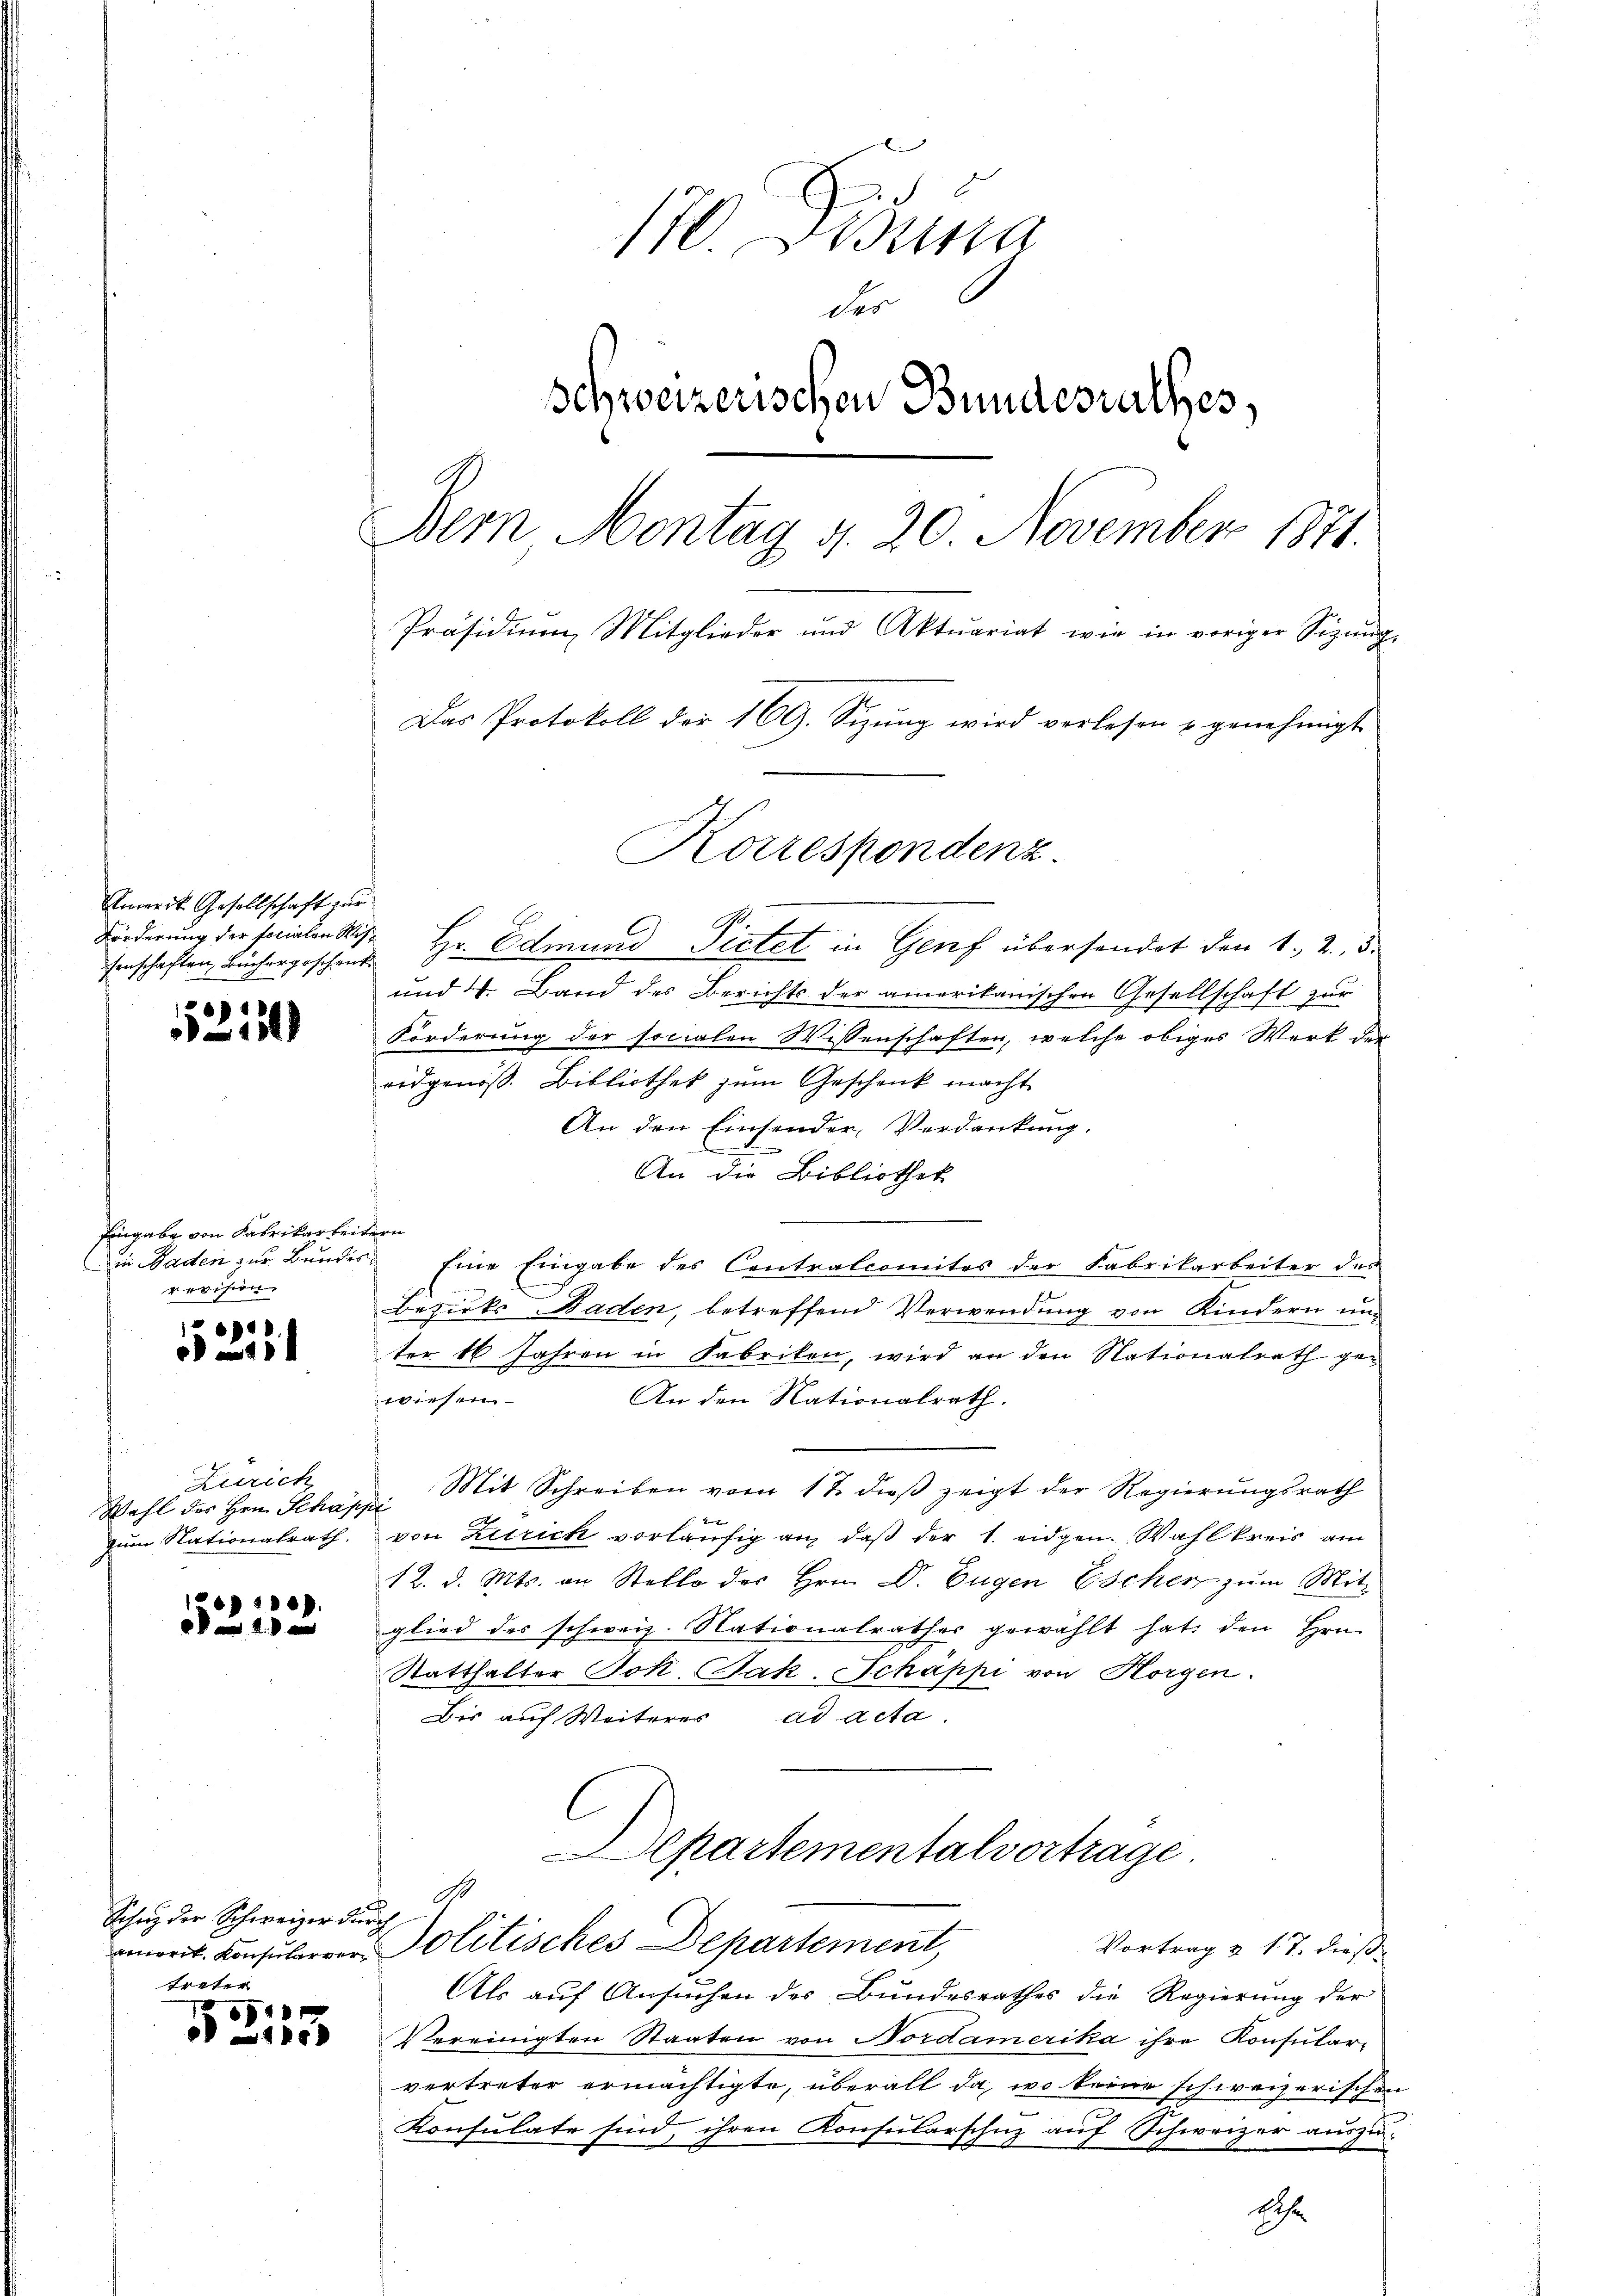
Amerit Gesellschaft zur
Förderung der socialen Wissenschaften, Buchergeschenk

,
15

Eingabe von Fabrikarbeite
in Baden zur Bundes
h

.
1

Zürich
Wohl des Hrn. Schaff
zum Nationalrath.

ep.
a

Schuz der Schweizer durch
treter

1
115)

170. Desinn
der
schweizerischen Bundesrathes,
Bern Montag d. 20 November 1871.
Präsidium Mitglieder und Aktuariat wie in voriger Sizŭng-
Das Protokoll der 169. Sizŭng wird verlesen u genehmigt
Korrespondenz

Hr. Edmund Pietet in Genf übersendet den 1. 2. d.
und 4. Band des Berichts der amerikanischen Gesellschaft zur
Forderung der socialen Wissenschaften, welche obiges Werk der
ridgenoß. Bibliothek zum Geschenk macht
An den Einsender, Verdankung.
An die Bibliothek
e
Eine Eingabe des Contralcomites der Fabrikarbeiter des
Bezirks Baden, betreffend Verwendung von Kindern un
ter 16 Jahren in Fabriken, wird an den Nationalrath gewiesen.
An den Nationalrath.
 Mit Schreiben vom 17. dieβ zeigt der Regierungsrath
2
von Zutrich vorläufig an, daß der 1. eidgen. Wahlkreis am
E
12. d. Mts. an Stello des Hrn. Dr. Eugen Escher zŭm Mit-
glied der schweiz. Nationalrathes gewählt hat, den Hrn.
Statthalter Joh. Jak. Schäppi von Horgen.
Bis auf Weiterer ad acta.
Departementalvertrage
G
emorit. Consularrer Politisches Departement,
Vortrag & 17. dieß
Als auf Ansuchen des Bundesrathes die Regierung der
Vereinigten Staaten von Bordamerika ihre Konsular-
vertreter ermächtigte, überall da, wo keine schweizerischen
Konsulate sind, ihren Konsularschuz auf Schweizer auszu¬

Eiche